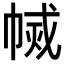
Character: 𢄅